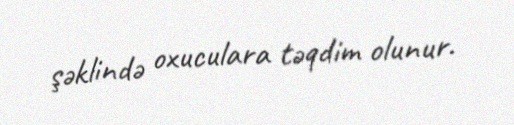
şəklində oxuculara təqdim olunur.